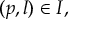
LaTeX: ( p , l ) \in I ,